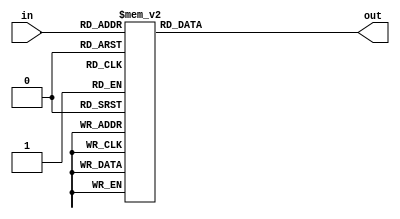
module add3(in,out);
input [3:0] in;
output [3:0] out;
reg [3:0] out;
always @ (in)
 case (in)
 4'b0000: out <= 4'b0000;
 4'b0001: out <= 4'b0001;
 4'b0010: out <= 4'b0010;
 4'b0011: out <= 4'b0011;
 4'b0100: out <= 4'b0100;
 4'b0101: out <= 4'b1000;
 4'b0110: out <= 4'b1001;
 4'b0111: out <= 4'b1010;
 4'b1000: out <= 4'b1011;
 4'b1001: out <= 4'b1100;
 default: out <= 4'b0000;
 endcase
endmodule

module complemento(data, data_out, sinal);
input [7:0] data;
output reg [6:0] data_out;
output reg sinal;

always @ (*)
	begin 
	if (data[7] == 1)
	begin 
	data_out = ~data[6:0] + 1;
	end
	sinal = data[7];
	end
endmodule


module binary_to_BCD(data,seg1, seg2, seg3, sinal);
input [7:0] data;
wire [6:0]A;
output reg [6:0] seg1, seg2, seg3;
output sinal;
wire [3:0] ONES, TENS;
wire [1:0] HUNDREDS;
wire [3:0] c1,c2,c3,c4,c5,c6,c7;
wire [3:0] d1,d2,d3,d4,d5,d6,d7;
complemento m0(data, A, sinal);
assign d1 = {2'b0,A[6:5]};
assign d2 = {c1[2:0],A[4]};
assign d3 = {c2[2:0],A[3]};
assign d4 = {c3[2:0],A[2]};
assign d5 = {c4[2:0],A[1]};
assign d6 = {1'b0,c1[3],c2[3],c3[3]};
assign d7 = {c6[2:0],c4[3]};
add3 m1(d1,c1);
add3 m2(d2,c2);
add3 m3(d3,c3);
add3 m4(d4,c4);
add3 m5(d5,c5);
add3 m6(d6,c6);
add3 m7(d7,c7);
assign ONES = {c5[2:0],A[0]};
assign TENS = {c7[2:0],c5[3]};
assign HUNDREDS = {c6[3],c7[3]};
always @ (*)
		 begin
		  case(ONES)
		   4'd0 : seg1 = 7'b1000000; //to display 0
		   4'd1 : seg1 = 7'b1111001; //to display 1
		   4'd2 : seg1 = 7'b0100100; //to display 2
		   4'd3 : seg1 = 7'b0110000; //to display 3
		   4'd4 : seg1 = 7'b0011001; //to display 4
		   4'd5 : seg1 = 7'b0010010; //to display 5
		   4'd6 : seg1 = 7'b0000010; //to display 6
		   4'd7 : seg1 = 7'b1111000; //to display 7
		   4'd8 : seg1 = 7'b0000000; //to display 8
		   4'd9 : seg1 = 7'b0010000; //to display 9
		   default : seg1 = 7'b0111111; //dash
		  endcase
		 case(TENS)
		   4'd0 : seg2 = 7'b1000000; //to display 0
		   4'd1 : seg2 = 7'b1111001; //to display 1
		   4'd2 : seg2 = 7'b0100100; //to display 2
		   4'd3 : seg2 = 7'b0110000; //to display 3
		   4'd4 : seg2 = 7'b0011001; //to display 4
		   4'd5 : seg2 = 7'b0010010; //to display 5
		   4'd6 : seg2 = 7'b0000010; //to display 6
		   4'd7 : seg2 = 7'b1111000; //to display 7
		   4'd8 : seg2 = 7'b0000000; //to display 8
		   4'd9 : seg2 = 7'b0010000; //to display 9
		   default : seg2 = 7'b0111111; //dash
		  endcase
		  case(HUNDREDS)
		   4'd0 : seg3 = 7'b1000000; //to display 0
		   4'd1 : seg3 = 7'b1111001; //to display 1
		   4'd2 : seg3 = 7'b0100100; //to display 2
		   4'd3 : seg3 = 7'b0110000; //to display 3
		   4'd4 : seg3 = 7'b0011001; //to display 4
		   4'd5 : seg3 = 7'b0010010; //to display 5
		   4'd6 : seg3 = 7'b0000010; //to display 6
		   4'd7 : seg3 = 7'b1111000; //to display 7
		   4'd8 : seg3 = 7'b0000000; //to display 8
		   4'd9 : seg3 = 7'b0010000; //to display 9
		   default : seg3 = 7'b0111111; //dash
		  endcase
		end
endmodule